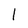
Character: 1